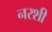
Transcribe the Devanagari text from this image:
नरशी